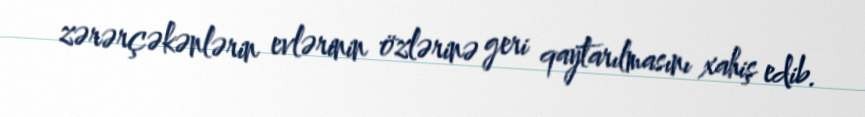
zərərçəkənlərin evlərinin özlərinə geri qaytarılmasını xahiş edib.